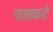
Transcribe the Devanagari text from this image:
नाशाकडे